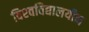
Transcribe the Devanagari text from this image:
विश्‍वविद्यालयीन